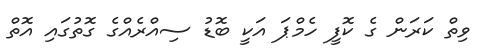
ވިތް ކަރަން ގެ ކޮފީ ހެމްޕަ އަކީ ބޮޑު ސިއްރެއްގެ ގޮތުގައި އޮތް